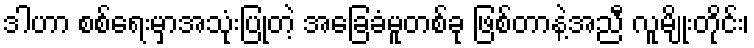
ဒါဟာ စစ်ရေးမှာအသုံးပြုတဲ့ အခြေခံမူတစ်ခု ဖြစ်တာနဲ့အညီ လူမျိုးတိုင်း၊